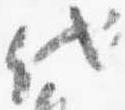
代